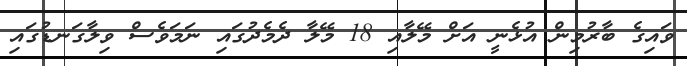
ވައިގެ ބާރުމިން އުޅެނީ އަށް މޭލާއި 18 މޭލާ ދެމެދުގައި ނަމަވެސް ވިލާގަނޑުގައި